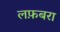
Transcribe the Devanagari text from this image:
लफ़बरा